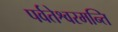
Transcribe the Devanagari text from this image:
पर्वतेश्वरमन्ति